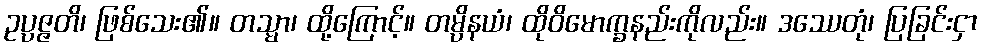
ဥပ္ပဇ္ဇတိ၊ ဖြစ်သေး၏။ တသ္မာ၊ ထို့ကြောင့်။ တမ္ပိနယံ၊ ထိုဝိမောက္ခနည်းကိုလည်း။ ဒဿေတုံ၊ ပြခြင်းငှာ